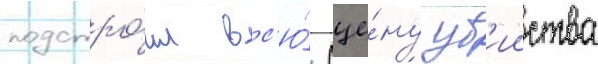
подстро́ил вс'ю́ сце́ну уб'ииства